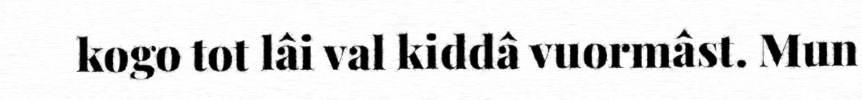
kogo tot lâi val kiddâ vuormâst. Mun